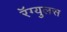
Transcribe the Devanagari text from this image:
रॅग्युलस